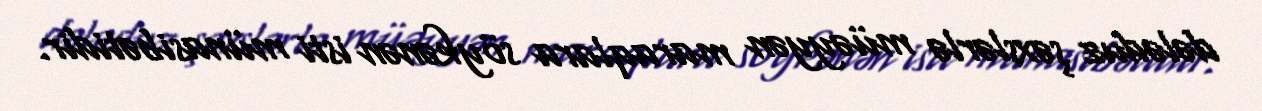
dələduz şəxslərlə müəyyən maraqlara söykənən isti münasibətidir.